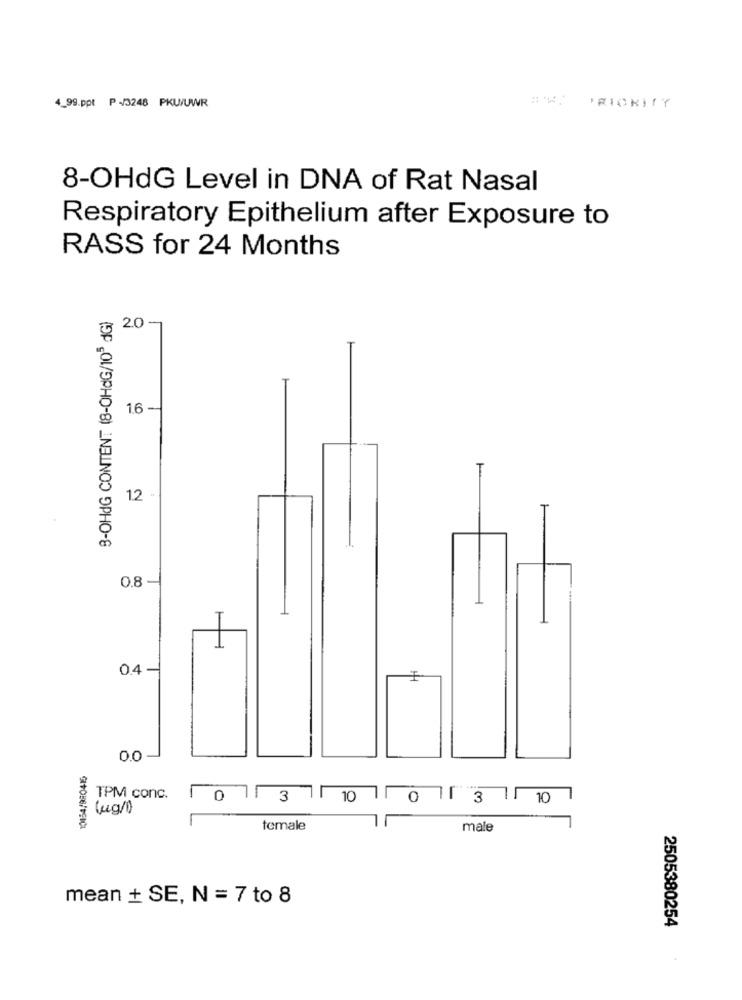
4_99.ppt P -/3248 PKUUWR
BM IONITY
8-OHdG Level in DNA of Rat Nasal
Respiratory Epithelium after Exposure to
RASS for 24 Months
3-OHdG CONTENT (8-OHdG/105 dG)
2.0
1.6 -
12
0.8
T
0.4
0.0
10154/980415
TPM conc.
0
3
10
0
3
10
7
temale
male
mean + SE, N = 7 to 8
2505380254